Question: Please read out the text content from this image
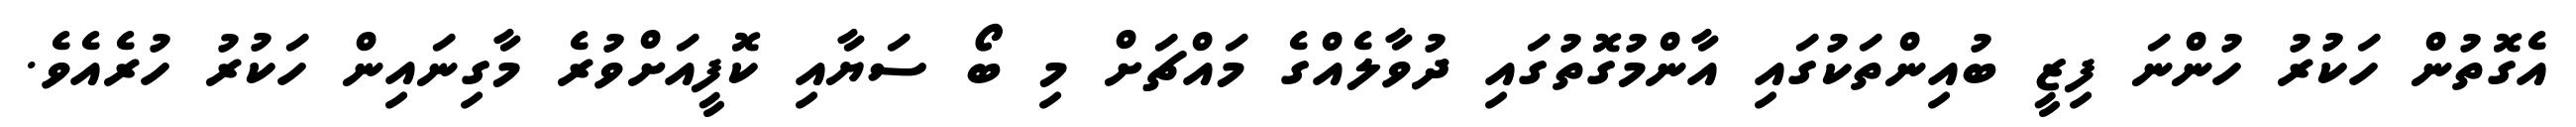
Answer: އެގޮތުން ހަކުރު ހުންނަ ފިޒީ ބުއިންތަކުގައި އާންމުގޮތުގައި ދުވާލެއްގެ މައްޗަށް މި ބޯ ސަޔާއި ކޮފީއަށްވުރެ މާގިނައިން ހަކުރު ހުރެއެވެ.